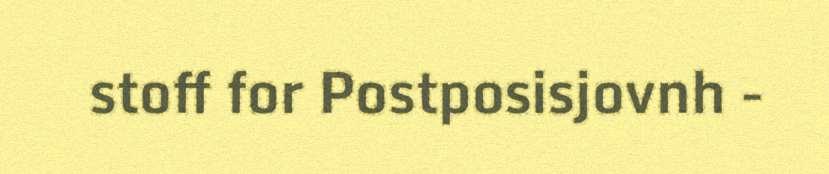
stoff for Postposisjovnh -